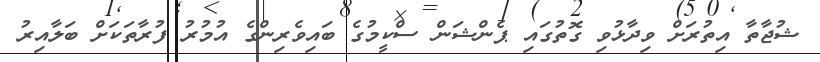
ޝުޖާތާ އިތުރަށް ވިދާޅުވި ގޮތުގައި ޕެންޝަން ސްކީމުގެ ބައިވެރިންގެ އުމުރު ފުރާތަކަށް ބަލާއިރު